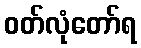
ဝတ်လုံတော်ရ